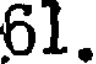
61.